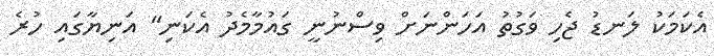
އެކަމަކު ލަނޑު ޖެހި ވަގުތު އަހަންނަށް ވިސްނުނީ ގައުމާމެދު އެކަނި" އަނިޔާގައި ހުރެ